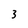
Character: 3